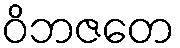
ဝိဘဇတေ